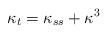
LaTeX: \begin{align*}\kappa_t=\kappa_{ss}+\kappa^3 \end{align*}